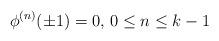
LaTeX: \begin{align*} \phi^{(n)}(\pm 1)=0,\,0\le n\le k-1\end{align*}